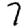
Digit: 7